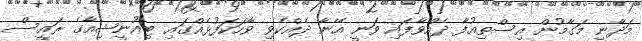
މަދާނީ މަގާމުން އިސްތިއުފާ ދެއްވާފައި ވަނީ އޭނާ ދެއްކެވި ވާހަކަފުޅެއްގައި ޓިއުނީޝިއާގެ ރައީސް